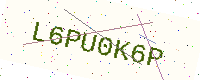
Text: L6PU0K6P